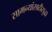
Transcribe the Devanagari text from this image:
सामन्यांसाठीसुद्धा